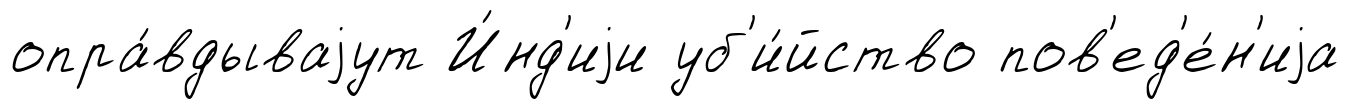
опра́вдываjут И́нд'иjи уб'и́йство пов'ед'е́н'иjа